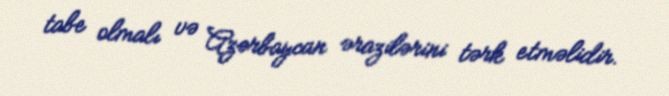
tabe olmalı və Azərbaycan ərazilərini tərk etməlidir.